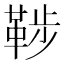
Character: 𩊶